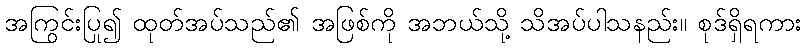
အကြွင်းပြု၍ ထုတ်အပ်သည်၏ အဖြစ်ကို အဘယ်သို့ သိအပ်ပါသနည်း။ စုဒ်ရှိရကား